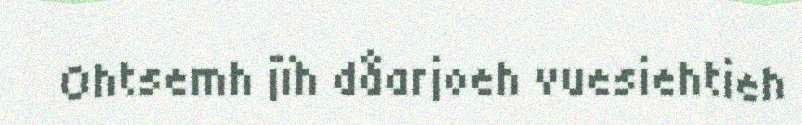
Ohtsemh jïh dåarjoeh vuesiehtieh